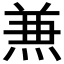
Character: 𠔥